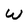
Character: w